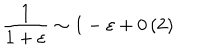
\frac { 1 } { 1 + \varepsilon } \sim 1 - \varepsilon + 0 \left( 2 \right)